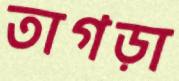
তাগড়া